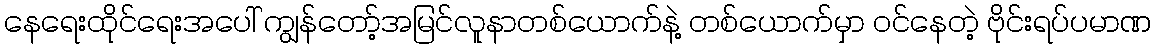
နေရေးထိုင်ရေးအပေါ် ကျွန်တော့်အမြင်လူနာတစ်ယောက်နဲ့ တစ်ယောက်မှာ ဝင်နေတဲ့ ဗိုင်းရပ်ပမာဏ